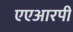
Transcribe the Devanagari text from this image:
एएआरपी